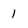
Character: 1